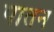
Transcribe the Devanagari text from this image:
पातन